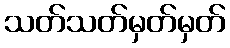
သတ်သတ်မှတ်မှတ်